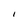
Character: I